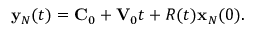
\begin{array} { r } { { \bf y } _ { N } ( t ) = { \bf C } _ { 0 } + { \bf V } _ { 0 } t + R ( t ) { \bf x } _ { N } ( 0 ) . } \end{array}